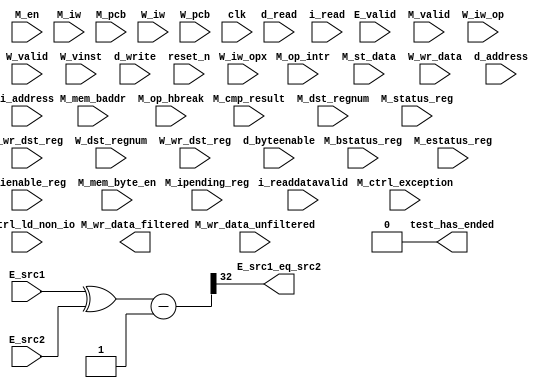
//Legal Notice: (C)2011 Altera Corporation. All rights reserved.  Your
//use of Altera Corporation's design tools, logic functions and other
//software and tools, and its AMPP partner logic functions, and any
//output files any of the foregoing (including device programming or
//simulation files), and any associated documentation or information are
//expressly subject to the terms and conditions of the Altera Program
//License Subscription Agreement or other applicable license agreement,
//including, without limitation, that your use is for the sole purpose
//of programming logic devices manufactured by Altera and sold by Altera
//or its authorized distributors.  Please refer to the applicable
//agreement for further details.

// synthesis translate_off
`timescale 1ns / 1ps
// synthesis translate_on

// turn off superfluous verilog processor warnings 
// altera message_level Level1 
// altera message_off 10034 10035 10036 10037 10230 10240 10030 

module cpu_test_bench (
                        // inputs:
                         E_src1,
                         E_src2,
                         E_valid,
                         M_bstatus_reg,
                         M_cmp_result,
                         M_ctrl_exception,
                         M_ctrl_ld_non_io,
                         M_dst_regnum,
                         M_en,
                         M_estatus_reg,
                         M_ienable_reg,
                         M_ipending_reg,
                         M_iw,
                         M_mem_baddr,
                         M_mem_byte_en,
                         M_op_hbreak,
                         M_op_intr,
                         M_pcb,
                         M_st_data,
                         M_status_reg,
                         M_valid,
                         M_wr_data_unfiltered,
                         M_wr_dst_reg,
                         W_dst_regnum,
                         W_iw,
                         W_iw_op,
                         W_iw_opx,
                         W_pcb,
                         W_valid,
                         W_vinst,
                         W_wr_data,
                         W_wr_dst_reg,
                         clk,
                         d_address,
                         d_byteenable,
                         d_read,
                         d_write,
                         i_address,
                         i_read,
                         i_readdatavalid,
                         reset_n,

                        // outputs:
                         E_src1_eq_src2,
                         M_wr_data_filtered,
                         test_has_ended
                      )
;

  output           E_src1_eq_src2;
  output  [ 31: 0] M_wr_data_filtered;
  output           test_has_ended;
  input   [ 31: 0] E_src1;
  input   [ 31: 0] E_src2;
  input            E_valid;
  input   [ 31: 0] M_bstatus_reg;
  input            M_cmp_result;
  input            M_ctrl_exception;
  input            M_ctrl_ld_non_io;
  input   [  4: 0] M_dst_regnum;
  input            M_en;
  input   [ 31: 0] M_estatus_reg;
  input   [ 31: 0] M_ienable_reg;
  input   [ 31: 0] M_ipending_reg;
  input   [ 31: 0] M_iw;
  input   [ 28: 0] M_mem_baddr;
  input   [  3: 0] M_mem_byte_en;
  input            M_op_hbreak;
  input            M_op_intr;
  input   [ 28: 0] M_pcb;
  input   [ 31: 0] M_st_data;
  input   [ 31: 0] M_status_reg;
  input            M_valid;
  input   [ 31: 0] M_wr_data_unfiltered;
  input            M_wr_dst_reg;
  input   [  4: 0] W_dst_regnum;
  input   [ 31: 0] W_iw;
  input   [  5: 0] W_iw_op;
  input   [  5: 0] W_iw_opx;
  input   [ 28: 0] W_pcb;
  input            W_valid;
  input   [ 55: 0] W_vinst;
  input   [ 31: 0] W_wr_data;
  input            W_wr_dst_reg;
  input            clk;
  input   [ 28: 0] d_address;
  input   [  3: 0] d_byteenable;
  input            d_read;
  input            d_write;
  input   [ 28: 0] i_address;
  input            i_read;
  input            i_readdatavalid;
  input            reset_n;

  wire             E_src1_eq_src2;
  wire    [ 32: 0] E_src1_src2_fast_cmp;
  reg     [ 28: 0] M_target_pcb;
  wire    [ 31: 0] M_wr_data_filtered;
  wire             M_wr_data_unfiltered_0_is_x;
  wire             M_wr_data_unfiltered_10_is_x;
  wire             M_wr_data_unfiltered_11_is_x;
  wire             M_wr_data_unfiltered_12_is_x;
  wire             M_wr_data_unfiltered_13_is_x;
  wire             M_wr_data_unfiltered_14_is_x;
  wire             M_wr_data_unfiltered_15_is_x;
  wire             M_wr_data_unfiltered_16_is_x;
  wire             M_wr_data_unfiltered_17_is_x;
  wire             M_wr_data_unfiltered_18_is_x;
  wire             M_wr_data_unfiltered_19_is_x;
  wire             M_wr_data_unfiltered_1_is_x;
  wire             M_wr_data_unfiltered_20_is_x;
  wire             M_wr_data_unfiltered_21_is_x;
  wire             M_wr_data_unfiltered_22_is_x;
  wire             M_wr_data_unfiltered_23_is_x;
  wire             M_wr_data_unfiltered_24_is_x;
  wire             M_wr_data_unfiltered_25_is_x;
  wire             M_wr_data_unfiltered_26_is_x;
  wire             M_wr_data_unfiltered_27_is_x;
  wire             M_wr_data_unfiltered_28_is_x;
  wire             M_wr_data_unfiltered_29_is_x;
  wire             M_wr_data_unfiltered_2_is_x;
  wire             M_wr_data_unfiltered_30_is_x;
  wire             M_wr_data_unfiltered_31_is_x;
  wire             M_wr_data_unfiltered_3_is_x;
  wire             M_wr_data_unfiltered_4_is_x;
  wire             M_wr_data_unfiltered_5_is_x;
  wire             M_wr_data_unfiltered_6_is_x;
  wire             M_wr_data_unfiltered_7_is_x;
  wire             M_wr_data_unfiltered_8_is_x;
  wire             M_wr_data_unfiltered_9_is_x;
  wire             W_op_add;
  wire             W_op_addi;
  wire             W_op_and;
  wire             W_op_andhi;
  wire             W_op_andi;
  wire             W_op_beq;
  wire             W_op_bge;
  wire             W_op_bgeu;
  wire             W_op_blt;
  wire             W_op_bltu;
  wire             W_op_bne;
  wire             W_op_br;
  wire             W_op_break;
  wire             W_op_bret;
  wire             W_op_call;
  wire             W_op_callr;
  wire             W_op_cmpeq;
  wire             W_op_cmpeqi;
  wire             W_op_cmpge;
  wire             W_op_cmpgei;
  wire             W_op_cmpgeu;
  wire             W_op_cmpgeui;
  wire             W_op_cmplt;
  wire             W_op_cmplti;
  wire             W_op_cmpltu;
  wire             W_op_cmpltui;
  wire             W_op_cmpne;
  wire             W_op_cmpnei;
  wire             W_op_crst;
  wire             W_op_custom;
  wire             W_op_div;
  wire             W_op_divu;
  wire             W_op_eret;
  wire             W_op_flushd;
  wire             W_op_flushda;
  wire             W_op_flushi;
  wire             W_op_flushp;
  wire             W_op_hbreak;
  wire             W_op_initd;
  wire             W_op_initda;
  wire             W_op_initi;
  wire             W_op_intr;
  wire             W_op_jmp;
  wire             W_op_jmpi;
  wire             W_op_ldb;
  wire             W_op_ldbio;
  wire             W_op_ldbu;
  wire             W_op_ldbuio;
  wire             W_op_ldh;
  wire             W_op_ldhio;
  wire             W_op_ldhu;
  wire             W_op_ldhuio;
  wire             W_op_ldl;
  wire             W_op_ldw;
  wire             W_op_ldwio;
  wire             W_op_mul;
  wire             W_op_muli;
  wire             W_op_mulxss;
  wire             W_op_mulxsu;
  wire             W_op_mulxuu;
  wire             W_op_nextpc;
  wire             W_op_nor;
  wire             W_op_opx;
  wire             W_op_or;
  wire             W_op_orhi;
  wire             W_op_ori;
  wire             W_op_rdctl;
  wire             W_op_rdprs;
  wire             W_op_ret;
  wire             W_op_rol;
  wire             W_op_roli;
  wire             W_op_ror;
  wire             W_op_rsv02;
  wire             W_op_rsv09;
  wire             W_op_rsv10;
  wire             W_op_rsv17;
  wire             W_op_rsv18;
  wire             W_op_rsv25;
  wire             W_op_rsv26;
  wire             W_op_rsv33;
  wire             W_op_rsv34;
  wire             W_op_rsv41;
  wire             W_op_rsv42;
  wire             W_op_rsv49;
  wire             W_op_rsv57;
  wire             W_op_rsv61;
  wire             W_op_rsv62;
  wire             W_op_rsv63;
  wire             W_op_rsvx00;
  wire             W_op_rsvx10;
  wire             W_op_rsvx15;
  wire             W_op_rsvx17;
  wire             W_op_rsvx21;
  wire             W_op_rsvx25;
  wire             W_op_rsvx33;
  wire             W_op_rsvx34;
  wire             W_op_rsvx35;
  wire             W_op_rsvx42;
  wire             W_op_rsvx43;
  wire             W_op_rsvx44;
  wire             W_op_rsvx47;
  wire             W_op_rsvx50;
  wire             W_op_rsvx51;
  wire             W_op_rsvx55;
  wire             W_op_rsvx56;
  wire             W_op_rsvx60;
  wire             W_op_rsvx63;
  wire             W_op_sll;
  wire             W_op_slli;
  wire             W_op_sra;
  wire             W_op_srai;
  wire             W_op_srl;
  wire             W_op_srli;
  wire             W_op_stb;
  wire             W_op_stbio;
  wire             W_op_stc;
  wire             W_op_sth;
  wire             W_op_sthio;
  wire             W_op_stw;
  wire             W_op_stwio;
  wire             W_op_sub;
  wire             W_op_sync;
  wire             W_op_trap;
  wire             W_op_wrctl;
  wire             W_op_wrprs;
  wire             W_op_xor;
  wire             W_op_xorhi;
  wire             W_op_xori;
  wire             test_has_ended;
  assign W_op_call = W_iw_op == 0;
  assign W_op_jmpi = W_iw_op == 1;
  assign W_op_ldbu = W_iw_op == 3;
  assign W_op_addi = W_iw_op == 4;
  assign W_op_stb = W_iw_op == 5;
  assign W_op_br = W_iw_op == 6;
  assign W_op_ldb = W_iw_op == 7;
  assign W_op_cmpgei = W_iw_op == 8;
  assign W_op_ldhu = W_iw_op == 11;
  assign W_op_andi = W_iw_op == 12;
  assign W_op_sth = W_iw_op == 13;
  assign W_op_bge = W_iw_op == 14;
  assign W_op_ldh = W_iw_op == 15;
  assign W_op_cmplti = W_iw_op == 16;
  assign W_op_initda = W_iw_op == 19;
  assign W_op_ori = W_iw_op == 20;
  assign W_op_stw = W_iw_op == 21;
  assign W_op_blt = W_iw_op == 22;
  assign W_op_ldw = W_iw_op == 23;
  assign W_op_cmpnei = W_iw_op == 24;
  assign W_op_flushda = W_iw_op == 27;
  assign W_op_xori = W_iw_op == 28;
  assign W_op_stc = W_iw_op == 29;
  assign W_op_bne = W_iw_op == 30;
  assign W_op_ldl = W_iw_op == 31;
  assign W_op_cmpeqi = W_iw_op == 32;
  assign W_op_ldbuio = W_iw_op == 35;
  assign W_op_muli = W_iw_op == 36;
  assign W_op_stbio = W_iw_op == 37;
  assign W_op_beq = W_iw_op == 38;
  assign W_op_ldbio = W_iw_op == 39;
  assign W_op_cmpgeui = W_iw_op == 40;
  assign W_op_ldhuio = W_iw_op == 43;
  assign W_op_andhi = W_iw_op == 44;
  assign W_op_sthio = W_iw_op == 45;
  assign W_op_bgeu = W_iw_op == 46;
  assign W_op_ldhio = W_iw_op == 47;
  assign W_op_cmpltui = W_iw_op == 48;
  assign W_op_initd = W_iw_op == 51;
  assign W_op_orhi = W_iw_op == 52;
  assign W_op_stwio = W_iw_op == 53;
  assign W_op_bltu = W_iw_op == 54;
  assign W_op_ldwio = W_iw_op == 55;
  assign W_op_rdprs = W_iw_op == 56;
  assign W_op_flushd = W_iw_op == 59;
  assign W_op_xorhi = W_iw_op == 60;
  assign W_op_rsv02 = W_iw_op == 2;
  assign W_op_rsv09 = W_iw_op == 9;
  assign W_op_rsv10 = W_iw_op == 10;
  assign W_op_rsv17 = W_iw_op == 17;
  assign W_op_rsv18 = W_iw_op == 18;
  assign W_op_rsv25 = W_iw_op == 25;
  assign W_op_rsv26 = W_iw_op == 26;
  assign W_op_rsv33 = W_iw_op == 33;
  assign W_op_rsv34 = W_iw_op == 34;
  assign W_op_rsv41 = W_iw_op == 41;
  assign W_op_rsv42 = W_iw_op == 42;
  assign W_op_rsv49 = W_iw_op == 49;
  assign W_op_rsv57 = W_iw_op == 57;
  assign W_op_rsv61 = W_iw_op == 61;
  assign W_op_rsv62 = W_iw_op == 62;
  assign W_op_rsv63 = W_iw_op == 63;
  assign W_op_eret = W_op_opx & (W_iw_opx == 1);
  assign W_op_roli = W_op_opx & (W_iw_opx == 2);
  assign W_op_rol = W_op_opx & (W_iw_opx == 3);
  assign W_op_flushp = W_op_opx & (W_iw_opx == 4);
  assign W_op_ret = W_op_opx & (W_iw_opx == 5);
  assign W_op_nor = W_op_opx & (W_iw_opx == 6);
  assign W_op_mulxuu = W_op_opx & (W_iw_opx == 7);
  assign W_op_cmpge = W_op_opx & (W_iw_opx == 8);
  assign W_op_bret = W_op_opx & (W_iw_opx == 9);
  assign W_op_ror = W_op_opx & (W_iw_opx == 11);
  assign W_op_flushi = W_op_opx & (W_iw_opx == 12);
  assign W_op_jmp = W_op_opx & (W_iw_opx == 13);
  assign W_op_and = W_op_opx & (W_iw_opx == 14);
  assign W_op_cmplt = W_op_opx & (W_iw_opx == 16);
  assign W_op_slli = W_op_opx & (W_iw_opx == 18);
  assign W_op_sll = W_op_opx & (W_iw_opx == 19);
  assign W_op_wrprs = W_op_opx & (W_iw_opx == 20);
  assign W_op_or = W_op_opx & (W_iw_opx == 22);
  assign W_op_mulxsu = W_op_opx & (W_iw_opx == 23);
  assign W_op_cmpne = W_op_opx & (W_iw_opx == 24);
  assign W_op_srli = W_op_opx & (W_iw_opx == 26);
  assign W_op_srl = W_op_opx & (W_iw_opx == 27);
  assign W_op_nextpc = W_op_opx & (W_iw_opx == 28);
  assign W_op_callr = W_op_opx & (W_iw_opx == 29);
  assign W_op_xor = W_op_opx & (W_iw_opx == 30);
  assign W_op_mulxss = W_op_opx & (W_iw_opx == 31);
  assign W_op_cmpeq = W_op_opx & (W_iw_opx == 32);
  assign W_op_divu = W_op_opx & (W_iw_opx == 36);
  assign W_op_div = W_op_opx & (W_iw_opx == 37);
  assign W_op_rdctl = W_op_opx & (W_iw_opx == 38);
  assign W_op_mul = W_op_opx & (W_iw_opx == 39);
  assign W_op_cmpgeu = W_op_opx & (W_iw_opx == 40);
  assign W_op_initi = W_op_opx & (W_iw_opx == 41);
  assign W_op_trap = W_op_opx & (W_iw_opx == 45);
  assign W_op_wrctl = W_op_opx & (W_iw_opx == 46);
  assign W_op_cmpltu = W_op_opx & (W_iw_opx == 48);
  assign W_op_add = W_op_opx & (W_iw_opx == 49);
  assign W_op_break = W_op_opx & (W_iw_opx == 52);
  assign W_op_hbreak = W_op_opx & (W_iw_opx == 53);
  assign W_op_sync = W_op_opx & (W_iw_opx == 54);
  assign W_op_sub = W_op_opx & (W_iw_opx == 57);
  assign W_op_srai = W_op_opx & (W_iw_opx == 58);
  assign W_op_sra = W_op_opx & (W_iw_opx == 59);
  assign W_op_intr = W_op_opx & (W_iw_opx == 61);
  assign W_op_crst = W_op_opx & (W_iw_opx == 62);
  assign W_op_rsvx00 = W_op_opx & (W_iw_opx == 0);
  assign W_op_rsvx10 = W_op_opx & (W_iw_opx == 10);
  assign W_op_rsvx15 = W_op_opx & (W_iw_opx == 15);
  assign W_op_rsvx17 = W_op_opx & (W_iw_opx == 17);
  assign W_op_rsvx21 = W_op_opx & (W_iw_opx == 21);
  assign W_op_rsvx25 = W_op_opx & (W_iw_opx == 25);
  assign W_op_rsvx33 = W_op_opx & (W_iw_opx == 33);
  assign W_op_rsvx34 = W_op_opx & (W_iw_opx == 34);
  assign W_op_rsvx35 = W_op_opx & (W_iw_opx == 35);
  assign W_op_rsvx42 = W_op_opx & (W_iw_opx == 42);
  assign W_op_rsvx43 = W_op_opx & (W_iw_opx == 43);
  assign W_op_rsvx44 = W_op_opx & (W_iw_opx == 44);
  assign W_op_rsvx47 = W_op_opx & (W_iw_opx == 47);
  assign W_op_rsvx50 = W_op_opx & (W_iw_opx == 50);
  assign W_op_rsvx51 = W_op_opx & (W_iw_opx == 51);
  assign W_op_rsvx55 = W_op_opx & (W_iw_opx == 55);
  assign W_op_rsvx56 = W_op_opx & (W_iw_opx == 56);
  assign W_op_rsvx60 = W_op_opx & (W_iw_opx == 60);
  assign W_op_rsvx63 = W_op_opx & (W_iw_opx == 63);
  assign W_op_opx = W_iw_op == 58;
  assign W_op_custom = W_iw_op == 50;
  always @(posedge clk or negedge reset_n)
    begin
      if (reset_n == 0)
          M_target_pcb <= 0;
      else if (M_en)
          M_target_pcb <= E_src1[28 : 0];
    end


  assign E_src1_src2_fast_cmp = {1'b0, E_src1 ^ E_src2} - 33'b1;
  assign E_src1_eq_src2 = E_src1_src2_fast_cmp[32];
  assign test_has_ended = 1'b0;

//synthesis translate_off
//////////////// SIMULATION-ONLY CONTENTS
  //Clearing 'X' data bits
  assign M_wr_data_unfiltered_0_is_x = ^(M_wr_data_unfiltered[0]) === 1'bx;

  assign M_wr_data_filtered[0] = (M_wr_data_unfiltered_0_is_x & (M_ctrl_ld_non_io)) ? 1'b0 : M_wr_data_unfiltered[0];
  assign M_wr_data_unfiltered_1_is_x = ^(M_wr_data_unfiltered[1]) === 1'bx;
  assign M_wr_data_filtered[1] = (M_wr_data_unfiltered_1_is_x & (M_ctrl_ld_non_io)) ? 1'b0 : M_wr_data_unfiltered[1];
  assign M_wr_data_unfiltered_2_is_x = ^(M_wr_data_unfiltered[2]) === 1'bx;
  assign M_wr_data_filtered[2] = (M_wr_data_unfiltered_2_is_x & (M_ctrl_ld_non_io)) ? 1'b0 : M_wr_data_unfiltered[2];
  assign M_wr_data_unfiltered_3_is_x = ^(M_wr_data_unfiltered[3]) === 1'bx;
  assign M_wr_data_filtered[3] = (M_wr_data_unfiltered_3_is_x & (M_ctrl_ld_non_io)) ? 1'b0 : M_wr_data_unfiltered[3];
  assign M_wr_data_unfiltered_4_is_x = ^(M_wr_data_unfiltered[4]) === 1'bx;
  assign M_wr_data_filtered[4] = (M_wr_data_unfiltered_4_is_x & (M_ctrl_ld_non_io)) ? 1'b0 : M_wr_data_unfiltered[4];
  assign M_wr_data_unfiltered_5_is_x = ^(M_wr_data_unfiltered[5]) === 1'bx;
  assign M_wr_data_filtered[5] = (M_wr_data_unfiltered_5_is_x & (M_ctrl_ld_non_io)) ? 1'b0 : M_wr_data_unfiltered[5];
  assign M_wr_data_unfiltered_6_is_x = ^(M_wr_data_unfiltered[6]) === 1'bx;
  assign M_wr_data_filtered[6] = (M_wr_data_unfiltered_6_is_x & (M_ctrl_ld_non_io)) ? 1'b0 : M_wr_data_unfiltered[6];
  assign M_wr_data_unfiltered_7_is_x = ^(M_wr_data_unfiltered[7]) === 1'bx;
  assign M_wr_data_filtered[7] = (M_wr_data_unfiltered_7_is_x & (M_ctrl_ld_non_io)) ? 1'b0 : M_wr_data_unfiltered[7];
  assign M_wr_data_unfiltered_8_is_x = ^(M_wr_data_unfiltered[8]) === 1'bx;
  assign M_wr_data_filtered[8] = (M_wr_data_unfiltered_8_is_x & (M_ctrl_ld_non_io)) ? 1'b0 : M_wr_data_unfiltered[8];
  assign M_wr_data_unfiltered_9_is_x = ^(M_wr_data_unfiltered[9]) === 1'bx;
  assign M_wr_data_filtered[9] = (M_wr_data_unfiltered_9_is_x & (M_ctrl_ld_non_io)) ? 1'b0 : M_wr_data_unfiltered[9];
  assign M_wr_data_unfiltered_10_is_x = ^(M_wr_data_unfiltered[10]) === 1'bx;
  assign M_wr_data_filtered[10] = (M_wr_data_unfiltered_10_is_x & (M_ctrl_ld_non_io)) ? 1'b0 : M_wr_data_unfiltered[10];
  assign M_wr_data_unfiltered_11_is_x = ^(M_wr_data_unfiltered[11]) === 1'bx;
  assign M_wr_data_filtered[11] = (M_wr_data_unfiltered_11_is_x & (M_ctrl_ld_non_io)) ? 1'b0 : M_wr_data_unfiltered[11];
  assign M_wr_data_unfiltered_12_is_x = ^(M_wr_data_unfiltered[12]) === 1'bx;
  assign M_wr_data_filtered[12] = (M_wr_data_unfiltered_12_is_x & (M_ctrl_ld_non_io)) ? 1'b0 : M_wr_data_unfiltered[12];
  assign M_wr_data_unfiltered_13_is_x = ^(M_wr_data_unfiltered[13]) === 1'bx;
  assign M_wr_data_filtered[13] = (M_wr_data_unfiltered_13_is_x & (M_ctrl_ld_non_io)) ? 1'b0 : M_wr_data_unfiltered[13];
  assign M_wr_data_unfiltered_14_is_x = ^(M_wr_data_unfiltered[14]) === 1'bx;
  assign M_wr_data_filtered[14] = (M_wr_data_unfiltered_14_is_x & (M_ctrl_ld_non_io)) ? 1'b0 : M_wr_data_unfiltered[14];
  assign M_wr_data_unfiltered_15_is_x = ^(M_wr_data_unfiltered[15]) === 1'bx;
  assign M_wr_data_filtered[15] = (M_wr_data_unfiltered_15_is_x & (M_ctrl_ld_non_io)) ? 1'b0 : M_wr_data_unfiltered[15];
  assign M_wr_data_unfiltered_16_is_x = ^(M_wr_data_unfiltered[16]) === 1'bx;
  assign M_wr_data_filtered[16] = (M_wr_data_unfiltered_16_is_x & (M_ctrl_ld_non_io)) ? 1'b0 : M_wr_data_unfiltered[16];
  assign M_wr_data_unfiltered_17_is_x = ^(M_wr_data_unfiltered[17]) === 1'bx;
  assign M_wr_data_filtered[17] = (M_wr_data_unfiltered_17_is_x & (M_ctrl_ld_non_io)) ? 1'b0 : M_wr_data_unfiltered[17];
  assign M_wr_data_unfiltered_18_is_x = ^(M_wr_data_unfiltered[18]) === 1'bx;
  assign M_wr_data_filtered[18] = (M_wr_data_unfiltered_18_is_x & (M_ctrl_ld_non_io)) ? 1'b0 : M_wr_data_unfiltered[18];
  assign M_wr_data_unfiltered_19_is_x = ^(M_wr_data_unfiltered[19]) === 1'bx;
  assign M_wr_data_filtered[19] = (M_wr_data_unfiltered_19_is_x & (M_ctrl_ld_non_io)) ? 1'b0 : M_wr_data_unfiltered[19];
  assign M_wr_data_unfiltered_20_is_x = ^(M_wr_data_unfiltered[20]) === 1'bx;
  assign M_wr_data_filtered[20] = (M_wr_data_unfiltered_20_is_x & (M_ctrl_ld_non_io)) ? 1'b0 : M_wr_data_unfiltered[20];
  assign M_wr_data_unfiltered_21_is_x = ^(M_wr_data_unfiltered[21]) === 1'bx;
  assign M_wr_data_filtered[21] = (M_wr_data_unfiltered_21_is_x & (M_ctrl_ld_non_io)) ? 1'b0 : M_wr_data_unfiltered[21];
  assign M_wr_data_unfiltered_22_is_x = ^(M_wr_data_unfiltered[22]) === 1'bx;
  assign M_wr_data_filtered[22] = (M_wr_data_unfiltered_22_is_x & (M_ctrl_ld_non_io)) ? 1'b0 : M_wr_data_unfiltered[22];
  assign M_wr_data_unfiltered_23_is_x = ^(M_wr_data_unfiltered[23]) === 1'bx;
  assign M_wr_data_filtered[23] = (M_wr_data_unfiltered_23_is_x & (M_ctrl_ld_non_io)) ? 1'b0 : M_wr_data_unfiltered[23];
  assign M_wr_data_unfiltered_24_is_x = ^(M_wr_data_unfiltered[24]) === 1'bx;
  assign M_wr_data_filtered[24] = (M_wr_data_unfiltered_24_is_x & (M_ctrl_ld_non_io)) ? 1'b0 : M_wr_data_unfiltered[24];
  assign M_wr_data_unfiltered_25_is_x = ^(M_wr_data_unfiltered[25]) === 1'bx;
  assign M_wr_data_filtered[25] = (M_wr_data_unfiltered_25_is_x & (M_ctrl_ld_non_io)) ? 1'b0 : M_wr_data_unfiltered[25];
  assign M_wr_data_unfiltered_26_is_x = ^(M_wr_data_unfiltered[26]) === 1'bx;
  assign M_wr_data_filtered[26] = (M_wr_data_unfiltered_26_is_x & (M_ctrl_ld_non_io)) ? 1'b0 : M_wr_data_unfiltered[26];
  assign M_wr_data_unfiltered_27_is_x = ^(M_wr_data_unfiltered[27]) === 1'bx;
  assign M_wr_data_filtered[27] = (M_wr_data_unfiltered_27_is_x & (M_ctrl_ld_non_io)) ? 1'b0 : M_wr_data_unfiltered[27];
  assign M_wr_data_unfiltered_28_is_x = ^(M_wr_data_unfiltered[28]) === 1'bx;
  assign M_wr_data_filtered[28] = (M_wr_data_unfiltered_28_is_x & (M_ctrl_ld_non_io)) ? 1'b0 : M_wr_data_unfiltered[28];
  assign M_wr_data_unfiltered_29_is_x = ^(M_wr_data_unfiltered[29]) === 1'bx;
  assign M_wr_data_filtered[29] = (M_wr_data_unfiltered_29_is_x & (M_ctrl_ld_non_io)) ? 1'b0 : M_wr_data_unfiltered[29];
  assign M_wr_data_unfiltered_30_is_x = ^(M_wr_data_unfiltered[30]) === 1'bx;
  assign M_wr_data_filtered[30] = (M_wr_data_unfiltered_30_is_x & (M_ctrl_ld_non_io)) ? 1'b0 : M_wr_data_unfiltered[30];
  assign M_wr_data_unfiltered_31_is_x = ^(M_wr_data_unfiltered[31]) === 1'bx;
  assign M_wr_data_filtered[31] = (M_wr_data_unfiltered_31_is_x & (M_ctrl_ld_non_io)) ? 1'b0 : M_wr_data_unfiltered[31];
  always @(posedge clk)
    begin
      if (reset_n)
          if (^(W_wr_dst_reg) === 1'bx)
            begin
              $write("%0d ns: ERROR: cpu_test_bench/W_wr_dst_reg is 'x'\n", $time);
              $stop;
            end
    end


  always @(posedge clk or negedge reset_n)
    begin
      if (reset_n == 0)
        begin
        end
      else if (W_wr_dst_reg)
          if (^(W_dst_regnum) === 1'bx)
            begin
              $write("%0d ns: ERROR: cpu_test_bench/W_dst_regnum is 'x'\n", $time);
              $stop;
            end
    end


  always @(posedge clk or negedge reset_n)
    begin
      if (reset_n == 0)
        begin
        end
      else if (W_wr_dst_reg)
          if (^(W_wr_data) === 1'bx)
            begin
              $write("%0d ns: ERROR: cpu_test_bench/W_wr_data is 'x'\n", $time);
              $stop;
            end
    end


  always @(posedge clk)
    begin
      if (reset_n)
          if (^(W_valid) === 1'bx)
            begin
              $write("%0d ns: ERROR: cpu_test_bench/W_valid is 'x'\n", $time);
              $stop;
            end
    end


  always @(posedge clk or negedge reset_n)
    begin
      if (reset_n == 0)
        begin
        end
      else if (W_valid)
          if (^(W_pcb) === 1'bx)
            begin
              $write("%0d ns: ERROR: cpu_test_bench/W_pcb is 'x'\n", $time);
              $stop;
            end
    end


  always @(posedge clk or negedge reset_n)
    begin
      if (reset_n == 0)
        begin
        end
      else if (W_valid)
          if (^(W_iw) === 1'bx)
            begin
              $write("%0d ns: ERROR: cpu_test_bench/W_iw is 'x'\n", $time);
              $stop;
            end
    end


  always @(posedge clk)
    begin
      if (reset_n)
          if (^(M_en) === 1'bx)
            begin
              $write("%0d ns: ERROR: cpu_test_bench/M_en is 'x'\n", $time);
              $stop;
            end
    end


  always @(posedge clk)
    begin
      if (reset_n)
          if (^(E_valid) === 1'bx)
            begin
              $write("%0d ns: ERROR: cpu_test_bench/E_valid is 'x'\n", $time);
              $stop;
            end
    end


  always @(posedge clk)
    begin
      if (reset_n)
          if (^(M_valid) === 1'bx)
            begin
              $write("%0d ns: ERROR: cpu_test_bench/M_valid is 'x'\n", $time);
              $stop;
            end
    end


  always @(posedge clk or negedge reset_n)
    begin
      if (reset_n == 0)
        begin
        end
      else if (M_valid & M_en & M_wr_dst_reg)
          if (^(M_wr_data_unfiltered) === 1'bx)
            begin
              $write("%0d ns: WARNING: cpu_test_bench/M_wr_data_unfiltered is 'x'\n", $time);
            end
    end


  always @(posedge clk)
    begin
      if (reset_n)
          if (^(i_read) === 1'bx)
            begin
              $write("%0d ns: ERROR: cpu_test_bench/i_read is 'x'\n", $time);
              $stop;
            end
    end


  always @(posedge clk or negedge reset_n)
    begin
      if (reset_n == 0)
        begin
        end
      else if (i_read)
          if (^(i_address) === 1'bx)
            begin
              $write("%0d ns: ERROR: cpu_test_bench/i_address is 'x'\n", $time);
              $stop;
            end
    end


  always @(posedge clk)
    begin
      if (reset_n)
          if (^(i_readdatavalid) === 1'bx)
            begin
              $write("%0d ns: ERROR: cpu_test_bench/i_readdatavalid is 'x'\n", $time);
              $stop;
            end
    end


  always @(posedge clk)
    begin
      if (reset_n)
          if (^(d_write) === 1'bx)
            begin
              $write("%0d ns: ERROR: cpu_test_bench/d_write is 'x'\n", $time);
              $stop;
            end
    end


  always @(posedge clk or negedge reset_n)
    begin
      if (reset_n == 0)
        begin
        end
      else if (d_write)
          if (^(d_byteenable) === 1'bx)
            begin
              $write("%0d ns: ERROR: cpu_test_bench/d_byteenable is 'x'\n", $time);
              $stop;
            end
    end


  always @(posedge clk or negedge reset_n)
    begin
      if (reset_n == 0)
        begin
        end
      else if (d_write | d_read)
          if (^(d_address) === 1'bx)
            begin
              $write("%0d ns: ERROR: cpu_test_bench/d_address is 'x'\n", $time);
              $stop;
            end
    end


  always @(posedge clk)
    begin
      if (reset_n)
          if (^(d_read) === 1'bx)
            begin
              $write("%0d ns: ERROR: cpu_test_bench/d_read is 'x'\n", $time);
              $stop;
            end
    end


  
  reg [31:0] trace_handle; // for $fopen
  initial  
  begin
    trace_handle = $fopen("cpu.tr");
    $fwrite(trace_handle, "version 3\nnumThreads 1\n");
  end
  always @(posedge clk)
    begin
      if ((~reset_n || (M_valid & M_en)) && ~test_has_ended)
          $fwrite(trace_handle, "%0d ns: %0h,%0h,%0h,%0h,%0h,%0h,%0h,%0h,%0h,%0h,%0h,%0h,%0h,%0h,%0h,%0h,%0h,%0h,%0h,%0h,%0h,%0h,%0h,%0h,%0h,%0h,%0h,%0h,%0h,%0h,%0h,%0h,%0h,%0h,%0h,%0h\n", $time, ~reset_n, M_pcb, 0, M_op_intr, M_op_hbreak, M_iw, ~(M_op_intr | M_op_hbreak), M_wr_dst_reg, M_dst_regnum, 0, M_wr_data_filtered, M_mem_baddr, M_st_data, M_mem_byte_en, M_cmp_result, M_target_pcb, M_status_reg, M_estatus_reg, M_bstatus_reg, M_ienable_reg, M_ipending_reg, 0, 0, 0, 0, 0, 0, 0, 0, 0, 0, M_ctrl_exception, 0, 0, 0, 0);
    end



//////////////// END SIMULATION-ONLY CONTENTS

//synthesis translate_on
//synthesis read_comments_as_HDL on
//  
//  assign M_wr_data_filtered = M_wr_data_unfiltered;
//
//synthesis read_comments_as_HDL off

endmodule